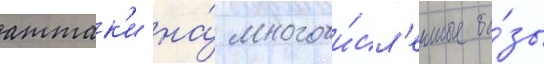
аттак'и на́ многочи́сл'енные ба́зы